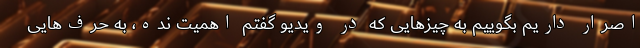
اصرار داریم بگوییم به چیزهایی که در ویدیو گفتم اهمیت نده، به حرف‌هایی